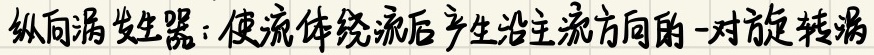
纵向涡发生器：使流体绕流后产生沿主流方向的一对旋转涡